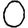
Digit: 0